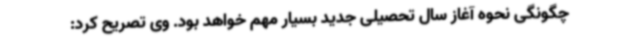
چگونگی نحوه آغاز سال تحصیلی جدید بسیار مهم خواهد بود. وی تصریح کرد: